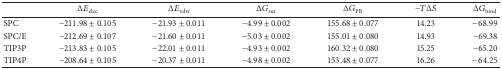
<table><thead><tr><td><b> </b></td><td><b>Δ<i>E</i><sub>elec</sub></b></td><td><b>Δ<i>E</i><sub>vdw</sub></b></td><td><b>Δ<i>G</i><sub>sur</sub></b></td><td><b>Δ<i>G</i><sub>PB</sub></b></td><td><b>−<i>T</i>Δ<i>S</i></b></td><td><b>Δ<i>G</i><sub>bind</sub></b></td></tr></thead><tbody><tr><td> SPC </td><td> − 211.98 ± 0.105</td><td> − 21.93 ± 0.011</td><td> − 4.99 ± 0.002</td><td>155.68 ± 0.077</td><td> 14.23 </td><td> −68.99</td></tr><tr><td>SPC/E </td><td> − 212.69 ± 0.107</td><td> − 21.60 ± 0.011</td><td> − 5.03 ± 0.002</td><td>155.01 ± 0.080</td><td> 14.93 </td><td> −69.38 </td></tr><tr><td>TIP3P </td><td> − 213.83 ± 0.105</td><td> − 22.01 ± 0.011</td><td> − 4.93 ± 0.002</td><td>160.32 ± 0.080</td><td> 15.25 </td><td> −65.20 </td></tr><tr><td>TIP4P </td><td> − 208.64 ± 0.105</td><td> − 20.37 ± 0.011</td><td> − 4.98 ± 0.002</td><td>153.48 ± 0.077</td><td> 16.26 </td><td> −64.25 </td></tr></tbody></table>